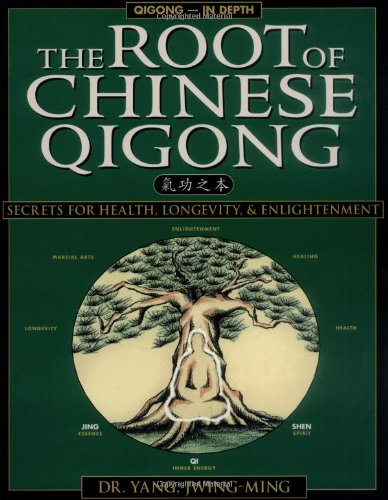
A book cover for The Root of Chinese Qigong: Secrets of Health, Longevity, & Enlightenment; Yang Jwing-Ming; Health, Fitness & Dieting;